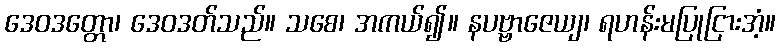
ဒေဝဒတ္တော၊ ဒေဝဒတ်သည်။ သစေ၊ အကယ်၍။ နပဗ္ဗာဇေယျ၊ ရဟန်းမပြုငြားအံ့။